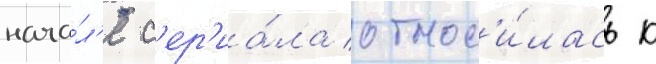
нача́л'е с'ер'иа́ла относ'и́лась к